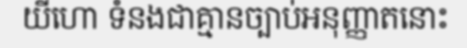
យីហោ ទំនងជាគ្មានច្បាប់អនុញ្ញាតនោះ